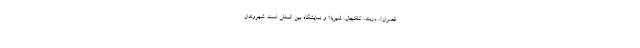
قصران)، دربند، کلکچال، شیرپلا و نمایشگاه بین المللی است. شهروندان